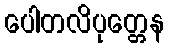
ပေါတလိပုတ္တေန